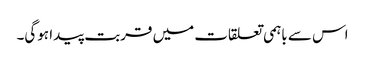
اس سے باہمی تعلقات میں قربت پیدا ہوگی۔